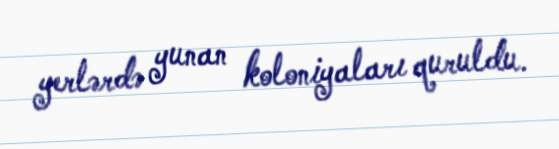
yerlərdə yunan koloniyaları quruldu.